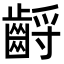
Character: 𪘤